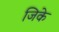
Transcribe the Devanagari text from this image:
जिके